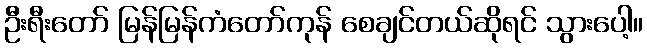
ဦးရီးတော် မြန်မြန်ကံတော်ကုန် စေချင်တယ်ဆိုရင် သွားပေါ့။